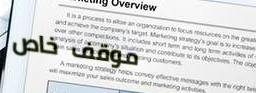
موقف خاص